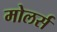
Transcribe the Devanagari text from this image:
मोलर्स